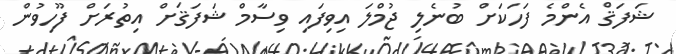
ޝަފަޤް އެންމެ ފަހަކަށް ބުނެލި ޖުމްލަ އިވިފައި ވިސާމް ޝަފަޤަށް އިތުރަށް ފޫހިވުން